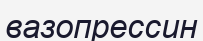
вазопрессин